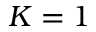
K = 1